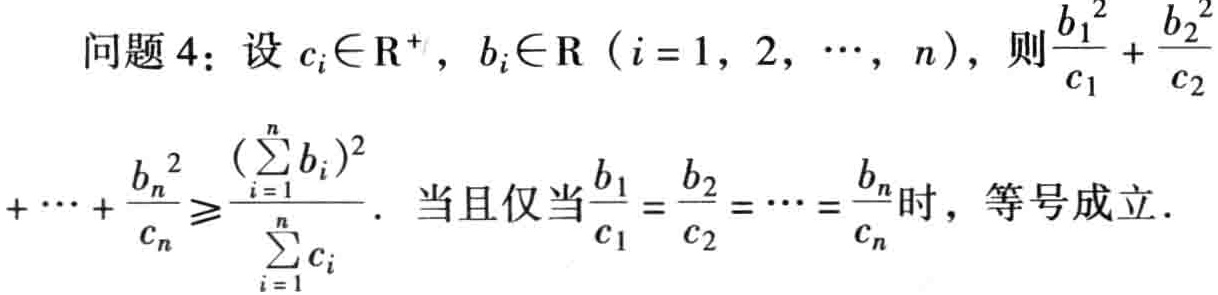
问题 4：设 \(c_{i}\in\mathbb{R}^{+}, b_{i}\in\mathbb{R}\ (i = 1, 2, \cdots, n)\)，则\(\frac{b_{1}^{2}}{c_{1}}+\frac{b_{2}^{2}}{c_{2}}+\cdots+\frac{b_{n}^{2}}{c_{n}}\geqslant\frac{(\sum_{i = 1}^{n}b_{i})^{2}}{\sum_{i = 1}^{n}c_{i}}\)．当且仅当\(\frac{b_{1}}{c_{1}}=\frac{b_{2}}{c_{2}}=\cdots=\frac{b_{n}}{c_{n}}\)时，等号成立．